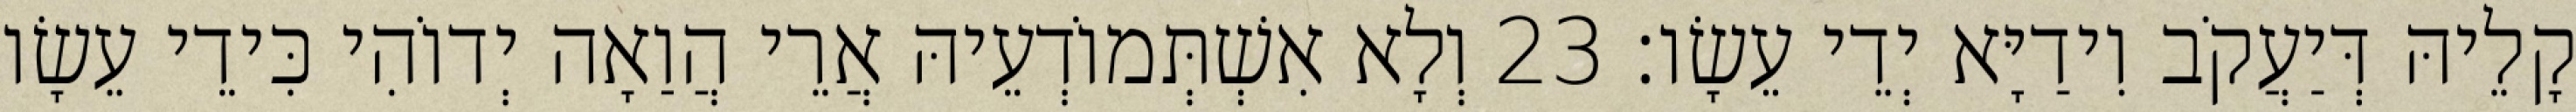
קָלֵיהּ דְּיַעֲקֹב וִידַיָּא יְדֵי עֵשָׂו׃ 23 וְלָא אִשְׁתְּמוֹדְעֵיהּ אֲרֵי הֲוַאָה יְדוֹהִי כִּידֵי עֵשָׂו